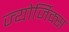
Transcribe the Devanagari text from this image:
ज्योर्जिक्स